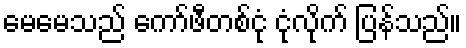
မေမေသည် ကော်ဖီတစ်ငုံ ငုံလိုက် ပြန်သည်။